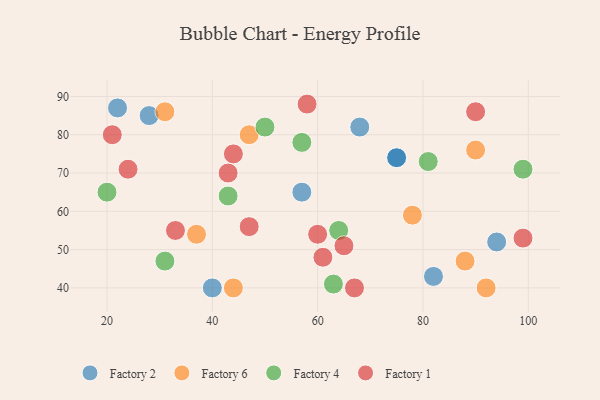
{"axis": {"x": "GDP", "y": "Life Expectancy"}, "legend": ["Factory 1", "Factory 2", "Factory 4", "Factory 6"], "data": [{"x": "68", "y": 82, "type": "Factory 2"}, {"x": "82", "y": 43, "type": "Factory 2"}, {"x": "22", "y": 87, "type": "Factory 2"}, {"x": "75", "y": 74, "type": "Factory 2"}, {"x": "28", "y": 85, "type": "Factory 2"}, {"x": "40", "y": 40, "type": "Factory 2"}, {"x": "57", "y": 65, "type": "Factory 2"}, {"x": "94", "y": 52, "type": "Factory 2"}, {"x": "75", "y": 74, "type": "Factory 2"}, {"x": "92", "y": 40, "type": "Factory 6"}, {"x": "31", "y": 86, "type": "Factory 6"}, {"x": "88", "y": 47, "type": "Factory 6"}, {"x": "90", "y": 76, "type": "Factory 6"}, {"x": "78", "y": 59, "type": "Factory 6"}, {"x": "44", "y": 40, "type": "Factory 6"}, {"x": "37", "y": 54, "type": "Factory 6"}, {"x": "47", "y": 80, "type": "Factory 6"}, {"x": "20", "y": 65, "type": "Factory 4"}, {"x": "31", "y": 47, "type": "Factory 4"}, {"x": "99", "y": 71, "type": "Factory 4"}, {"x": "57", "y": 78, "type": "Factory 4"}, {"x": "64", "y": 55, "type": "Factory 4"}, {"x": "43", "y": 64, "type": "Factory 4"}, {"x": "63", "y": 41, "type": "Factory 4"}, {"x": "50", "y": 82, "type": "Factory 4"}, {"x": "81", "y": 73, "type": "Factory 4"}, {"x": "33", "y": 55, "type": "Factory 1"}, {"x": "65", "y": 51, "type": "Factory 1"}, {"x": "90", "y": 86, "type": "Factory 1"}, {"x": "67", "y": 40, "type": "Factory 1"}, {"x": "24", "y": 71, "type": "Factory 1"}, {"x": "58", "y": 88, "type": "Factory 1"}, {"x": "61", "y": 48, "type": "Factory 1"}, {"x": "47", "y": 56, "type": "Factory 1"}, {"x": "43", "y": 70, "type": "Factory 1"}, {"x": "60", "y": 54, "type": "Factory 1"}, {"x": "99", "y": 53, "type": "Factory 1"}, {"x": "44", "y": 75, "type": "Factory 1"}, {"x": "21", "y": 80, "type": "Factory 1"}]}